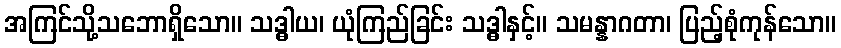
အကြင်သို့သဘောရှိသော။ သဒ္ဓါယ၊ ယုံကြည်ခြင်း သဒ္ဓါနှင့်။ သမန္နာဂတာ၊ ပြည့်စုံကုန်သော။